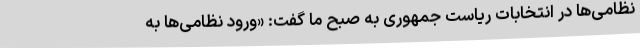
نظامی‌ها در انتخابات ریاست جمهوری به صبح ما گفت: «ورود نظامی‌ها به